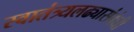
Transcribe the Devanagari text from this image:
स्वातंत्र्यलढ्यासंबंधी